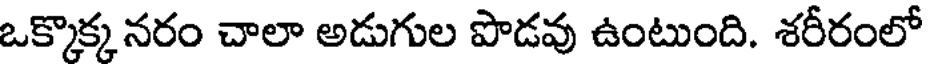
ఒక్కొక్క నరం చాలా అడుగుల పొడవు ఉంటుంది. శరీరంలో